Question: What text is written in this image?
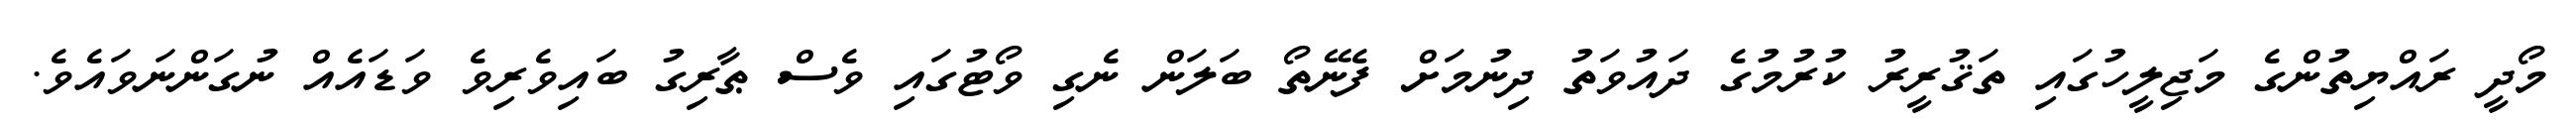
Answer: މޯދީ ރައްޔިތުންގެ މަޖިލީހުގައި ތަޤުރީރު ކުރުމުގެ ދައުވަތު ދިނުމަށް ފެނޭތޯ ބަލަން ނެގި ވޯޓުގައި ވެސް ޠާރިގު ބައިވެރިވެ ވަޑައެއް ނުގަންނަވައެވެ.